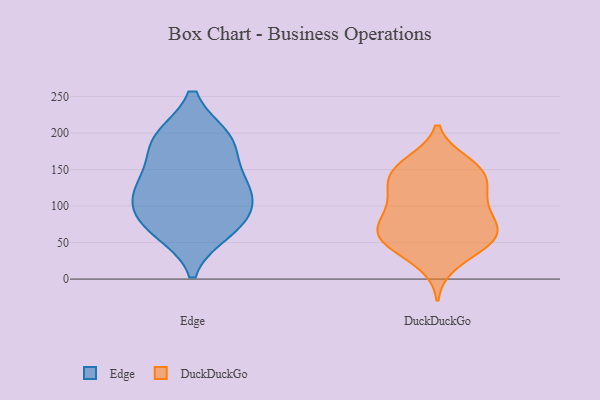
{"axis": {"x": "Churn Rate (%)", "y": "Value"}, "legend": ["DuckDuckGo", "Edge"], "data": [{"x": "", "y": 79, "type": "Edge"}, {"x": "", "y": 75, "type": "Edge"}, {"x": "", "y": 186, "type": "Edge"}, {"x": "", "y": 192, "type": "Edge"}, {"x": "", "y": 107, "type": "Edge"}, {"x": "", "y": 123, "type": "Edge"}, {"x": "", "y": 192, "type": "Edge"}, {"x": "", "y": 139, "type": "Edge"}, {"x": "", "y": 122, "type": "Edge"}, {"x": "", "y": 67, "type": "Edge"}, {"x": "", "y": 109, "type": "DuckDuckGo"}, {"x": "", "y": 67, "type": "DuckDuckGo"}, {"x": "", "y": 52, "type": "DuckDuckGo"}, {"x": "", "y": 150, "type": "DuckDuckGo"}, {"x": "", "y": 75, "type": "DuckDuckGo"}, {"x": "", "y": 145, "type": "DuckDuckGo"}, {"x": "", "y": 145, "type": "DuckDuckGo"}, {"x": "", "y": 21, "type": "DuckDuckGo"}, {"x": "", "y": 119, "type": "DuckDuckGo"}, {"x": "", "y": 42, "type": "DuckDuckGo"}, {"x": "", "y": 57, "type": "DuckDuckGo"}, {"x": "", "y": 126, "type": "DuckDuckGo"}, {"x": "", "y": 86, "type": "DuckDuckGo"}, {"x": "", "y": 160, "type": "DuckDuckGo"}, {"x": "", "y": 88, "type": "DuckDuckGo"}, {"x": "", "y": 49, "type": "DuckDuckGo"}, {"x": "", "y": 157, "type": "DuckDuckGo"}, {"x": "", "y": 56, "type": "DuckDuckGo"}, {"x": "", "y": 117, "type": "DuckDuckGo"}, {"x": "", "y": 72, "type": "DuckDuckGo"}]}